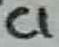
Text: C1